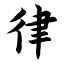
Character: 律